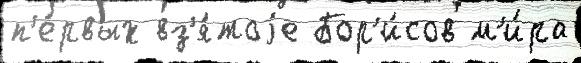
п'е́рвых вз'я́тоjе Бор'и́сов м'и́ра